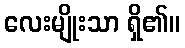
လေးမျိုးသာ ရှိ၏။